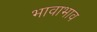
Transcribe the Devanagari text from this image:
भावाभाव